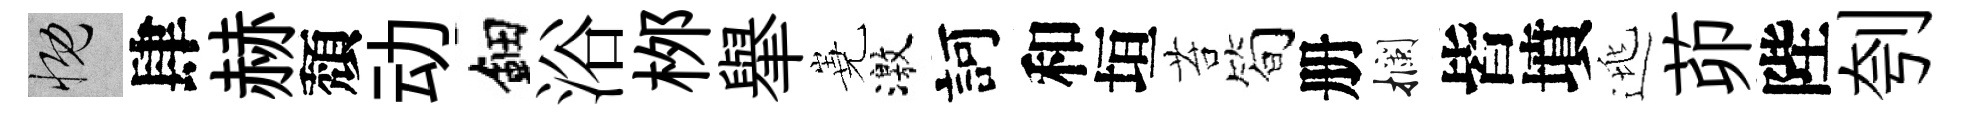
慨肆赫頽动鈿浴桞𦦙嶤激訶和垣苔简册攔皆墳逃茆陛刳